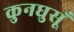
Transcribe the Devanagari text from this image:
कुनघुसूँ